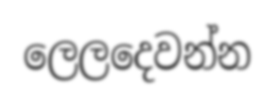
ලෙලදෙවන්න